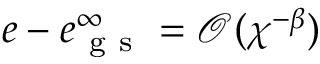
e - e _ { \mathrm { ~ g ~ s ~ } } ^ { \infty } = \mathcal { O } ( \chi ^ { - \beta } )